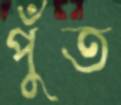
পুঁত